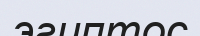
эгиптос